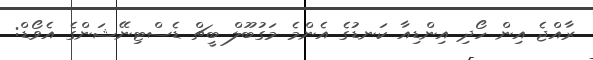
ރާއްޖެ އިން ހޯދި އިންޑިއާ ކަނޑުގެ އެންމެ މަގުބޫލް ބީޗް ޑެސްޓިނޭޝަންގެ އެވޯޑް: